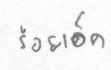
ร้อยเอ็ด